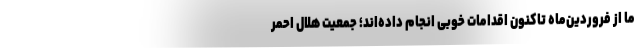
ما از فروردین‌ماه تاکنون اقدامات خوبی انجام داده‌اند؛ جمعیت هلال احمر